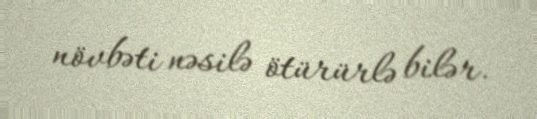
növbəti nəsilə ötürürlə bilər.